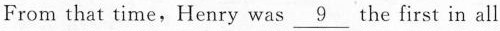
From that time, Henry was \underline{9} the first in all